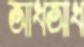
আধআধ